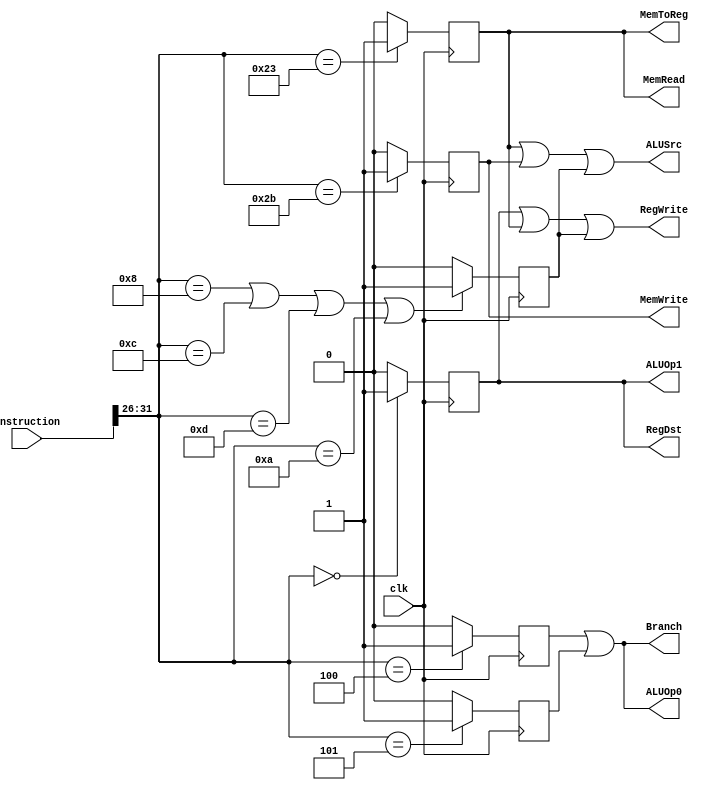

module CONTROL(
	input clk,
	input [31:0] Instruction,
	output RegDst, ALUOp1, ALUOp0, ALUSrc, Branch, MemRead, MemWrite, RegWrite, MemToReg
);

	wire [5:0] Opcode;
	reg R, Lw, Sw, Beq, Bne, J, I;

	assign Opcode = Instruction[31:26];

	always @(posedge clk)
	begin
		if(Opcode==6'b000000)
			R = 1;
		else
			R = 0;
			
		if(Opcode==6'b100011) // LW .  4  
			Lw = 1;
		else
			Lw = 0;
			
		if(Opcode==6'b101011) // SW .  4  
			Sw = 1;
		else
			Sw = 0;
			
		if(Opcode==6'b000100) // Beq .  4  
			Beq = 1;
		else
			Beq = 0;
			
		if(Opcode==6'b000101) // Bne .  4  
			Bne = 1;
		else
			Bne = 0;
			
		if(Opcode==6'b000010) // J-Type .  4  
			J = 1;
		else
			J = 0;
			
		if((Opcode==6'b001000)||(Opcode==6'b001100)||(Opcode==6'b001101)||(Opcode==6'b001010)) // I-Type . Opcode 4 .
			I = 1; // addi, andi, ori, slti
		else
			I = 0;
	end

	assign RegDst = R;
	assign ALUOp1 = R;
	assign ALUOp0 = Beq || Bne;
	assign ALUSrc = Lw || Sw || I;
	assign Branch = Beq || Bne;
	assign MemRead = Lw;
	assign MemWrite = Sw;
	assign RegWrite = R || Lw || I;
	assign MemToReg = Lw;

endmodule